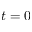
t = 0